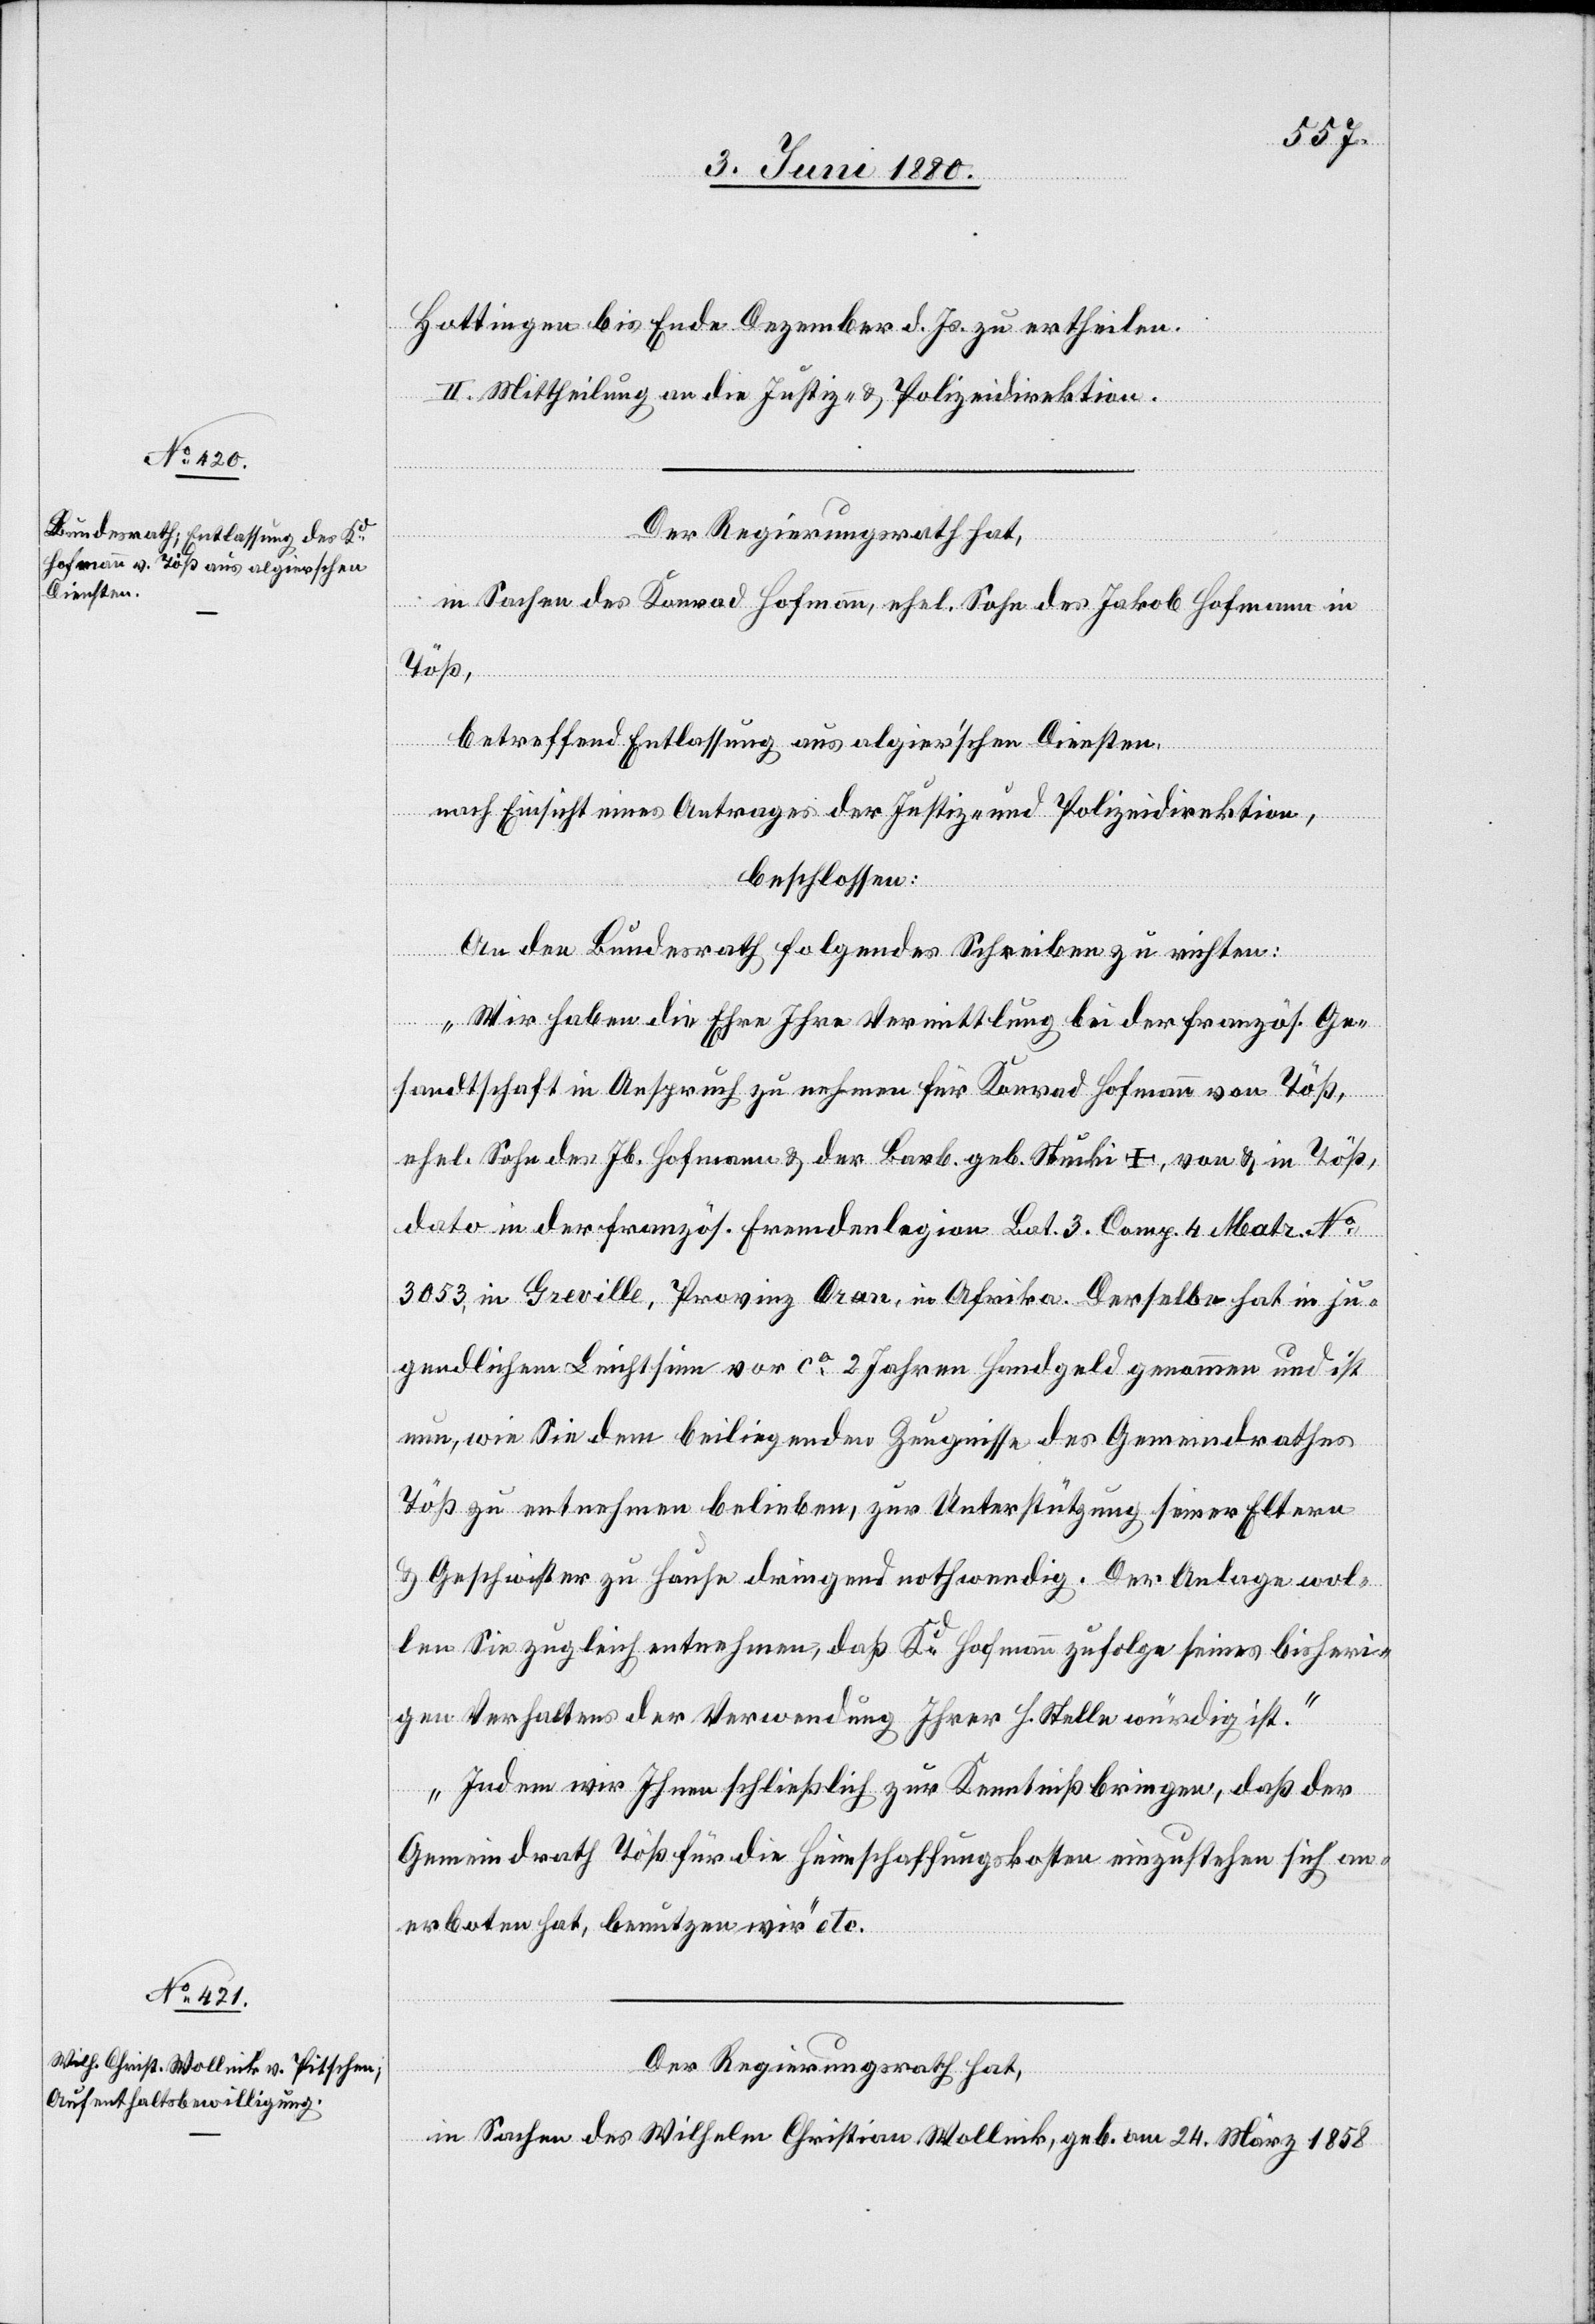
Hottingen bis Ende Dezember d. Js. zu ertheilen.
II. Mittheilung an die Justiz- & Polizeidirektion.
Der Regierungsrath hat,
in Sachen des Konrad Hofmann, ehel. Sohn des Jakob Hofmann in
Töß,
betreffend Entlassung aus algier’schen Diensten,
nach Einsicht eines Antrages der Justiz- & Polizeidirektion,
beschlossen:
An den Bundesrath folgendes Schreiben zu richten:
„Wir haben die Ehre Ihre Vermittlung bei der französ. Ge¬
sandtschaft in Anspruch zu nehmen für Konrad Hofmann von Töß,
ehel. Sohn des Jb. Hofmann & der Barb. geb. Stucki †, von & in Töß,
dato in der französ. Fremdenlegion Bat. 3 Comp. 4 Matr. No
3053, in Greville, Provinz Oran, in Afrika. Derselbe hat in ju¬
gendlichem Leichtsinn vor ca 2 Jahren Handgeld genommen und ist
nun, wie Sie dem beiliegenden Zeugnisse des Gemeindrathes
Töß zu entnehmen belieben, zur Unterstützung seiner Eltern
& Geschwister zu Hause dringend nothwendig. Der Anlage wol¬
len Sie zugleich entnehmen, daß Kd Hofmann zufolge seines bisheri¬
gen Verhaltens der Verwendung Ihrer h. Stelle würdig ist.
Indem wir Ihnen schließlich zur Kenntniß bringen, daß der
Gemeindrath Töß für die Heimschaffungskosten einzustehen sich an¬
erboten hat, benutzen wir“ etc.
Der Regierungsrath hat,
in Sachen des Wilhelm Christian Wollnik, geb. am 24. März 1858